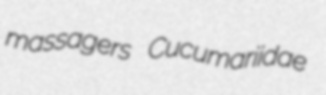
massagers Cucumariidae